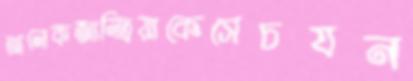
আলেকজান্দ্রিয়াকেসেচযন